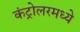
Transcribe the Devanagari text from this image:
कंट्रोलरमध्ये